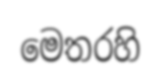
මෙතරහි